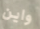
واين